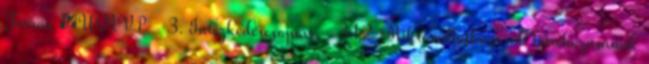
Forrás ▪ÚMVP - 3. Intézkedéscsoport - 312 Mikrovállalkozások létrehozásának